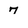
Character: 7